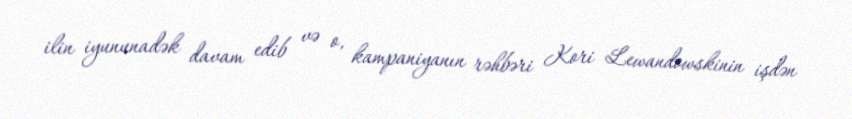
ilin iyununadək davam edib və o, kampaniyanın rəhbəri Kori Lewandowskinin işdən